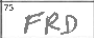
Transcription: FRD